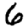
Digit: 6